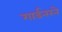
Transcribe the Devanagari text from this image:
गार्डनरने